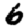
Digit: 6